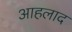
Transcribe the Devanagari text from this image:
आहलाद